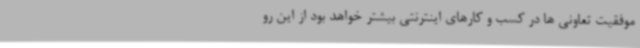
موفقیت تعاونی ها در کسب و کارهای اینترنتی بیشتر خواهد بود از این رو